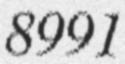
8991